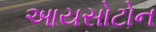
આયસોટોન